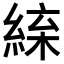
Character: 𦁛